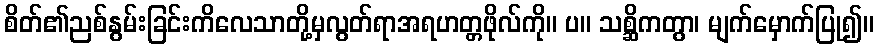
စိတ်၏ညစ်နွမ်းခြင်းကိလေသာတို့မှလွတ်ရာအရဟတ္တဖိုလ်ကို။ ပ။ သစ္ဆိကတွာ၊ မျက်မှောက်ပြု၍။